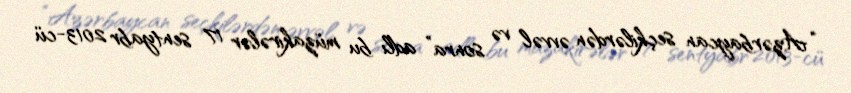
“Azərbaycan seçkilərdən əvvəl və sonra” adlı bu müzakirələr 17 sentyabr 2013-cü